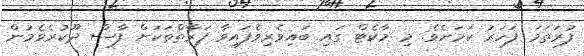
ފުރަތަމަ ފަހަރު ކަމަށެވެ. މި މާކެޓް ގައި ބައިވެރިވެފައިވާ ފަރާތްތަކަށް ފާސް ދޫކުރެވެމުން